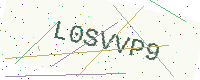
Text: L0SVVP9